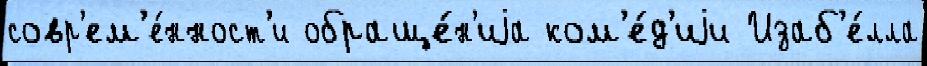
совр'ем'е́нност'и обраще́н'иjа ком'е́д'иjи Изаб'е́лла